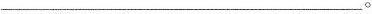
___。